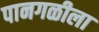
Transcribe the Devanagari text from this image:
पानगळीला